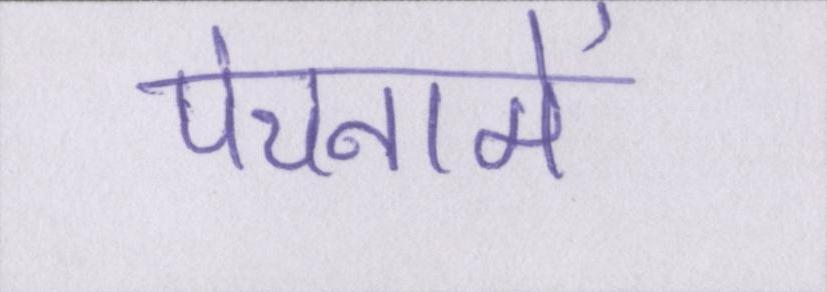
पंचनामें